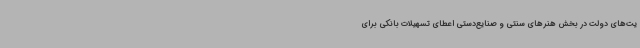
یت‌های دولت در بخش هنرهای سنتی و صنایع‌دستی اعطای تسهیلات بانکی برای